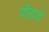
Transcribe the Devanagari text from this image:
दौड़ायें